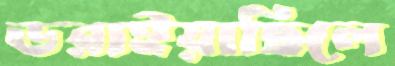
ডরাইয়াছিলে